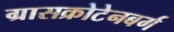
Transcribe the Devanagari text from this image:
ग्रासक्रोटेनबर्ग